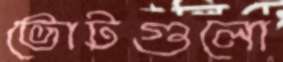
ভোটগুলো